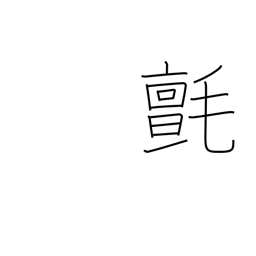
Meaning: woollen cloth or rug